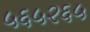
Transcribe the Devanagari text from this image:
५६५२६५